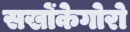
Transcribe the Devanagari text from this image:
सखोंकेगोरो